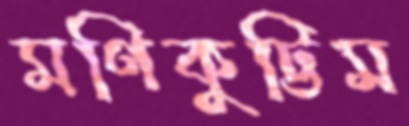
মণিকুট্টিম